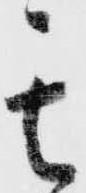
其